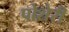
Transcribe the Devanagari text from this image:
पोशेरी